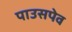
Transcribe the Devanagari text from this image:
पाउसपेव